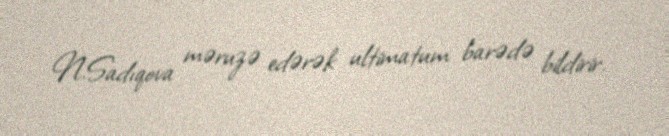
N.Sadıqova məruzə edərək ultimatum barədə bildirir.